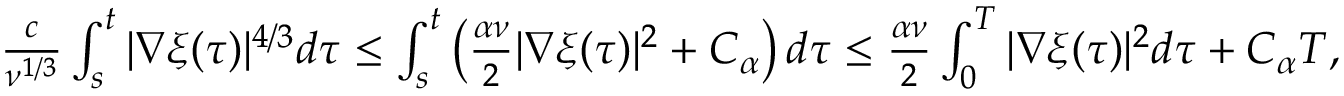
\begin{array} { r } { \frac { c } { \nu ^ { 1 / 3 } } \int _ { s } ^ { t } | \nabla \xi ( \tau ) | ^ { 4 / 3 } d \tau \leq \int _ { s } ^ { t } \left( \frac { \alpha \nu } { 2 } | \nabla \xi ( \tau ) | ^ { 2 } + C _ { \alpha } \right) d \tau \leq \frac { \alpha \nu } { 2 } \int _ { 0 } ^ { T } | \nabla \xi ( \tau ) | ^ { 2 } d \tau + C _ { \alpha } T , } \end{array}